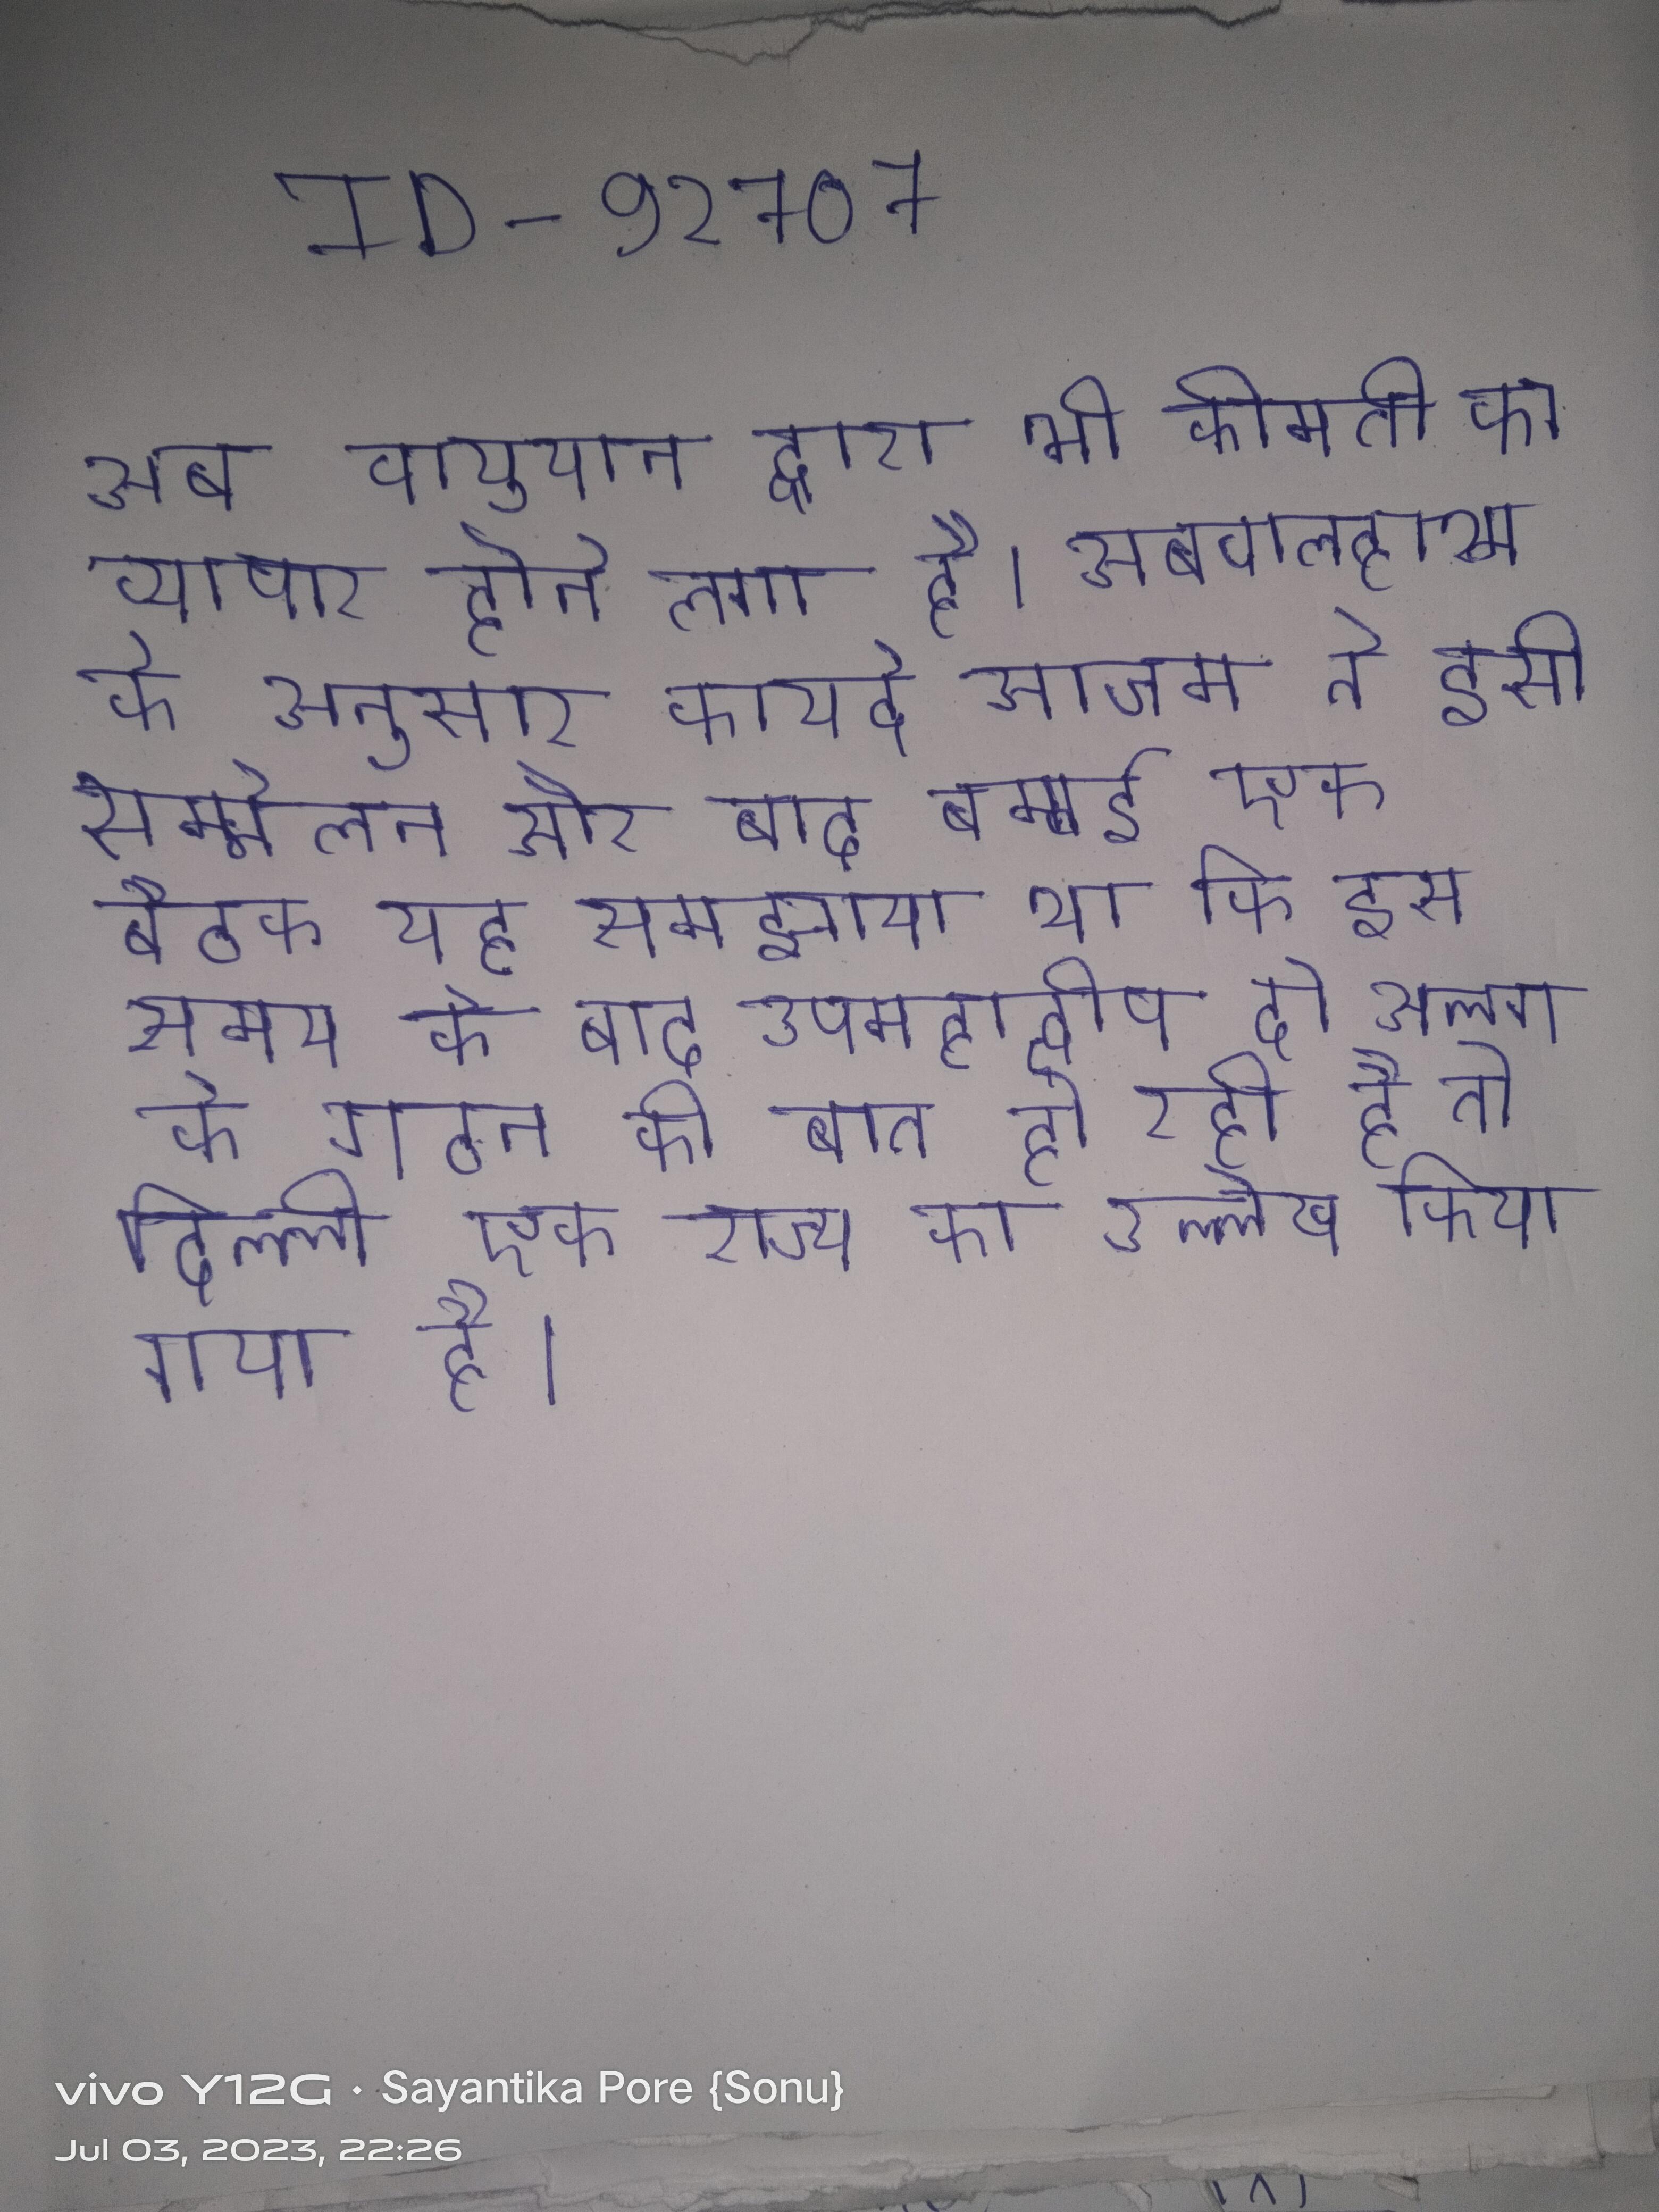
अब वायुयान द्वारा भी कीमती का व्यापार होने लगा है । अबवालहाश्म के अनुसार कायदे आजम ने इसी सम्मेलन और बाद बम्बई एक बैठक यह समझाया था कि इस समय के बाद उपमहाद्वीप दो अलग के गठन की बात हो रही है तो दिल्ली एक राज्य का उल्लेख किया गया है ।